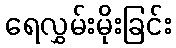
ရေလွှမ်းမိုးခြင်း